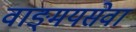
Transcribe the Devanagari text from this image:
वाङ्‌मयसेवा